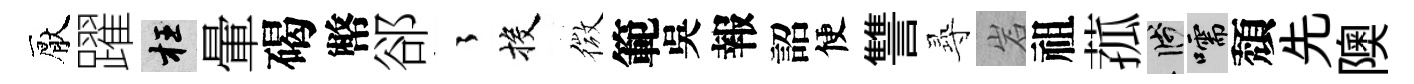
厭躍枉暈碣幣郤徃投微範吳報詔便讐𡬶岩祖菰箋嚅頽先隩